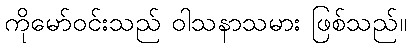
ကိုမော်ဝင်းသည် ဝါသနာသမား ဖြစ်သည်။